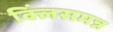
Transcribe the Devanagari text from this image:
क्लिंसमन्न